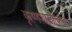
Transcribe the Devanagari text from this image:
कृष्णशास्त्रीकडे